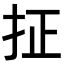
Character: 𪭤